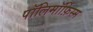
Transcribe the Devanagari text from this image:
पॉलिमॉर्फ़िस्म